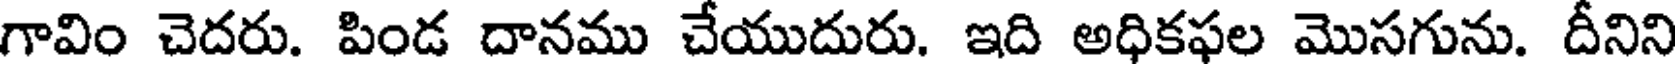
గావిం చెదరు. పిండ దానము చేయుదురు. ఇది అధికఫల మొసగును. దీనిని